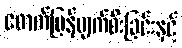
ဖောက်ပြန်ပျက်စီးခြင်းနှင့်